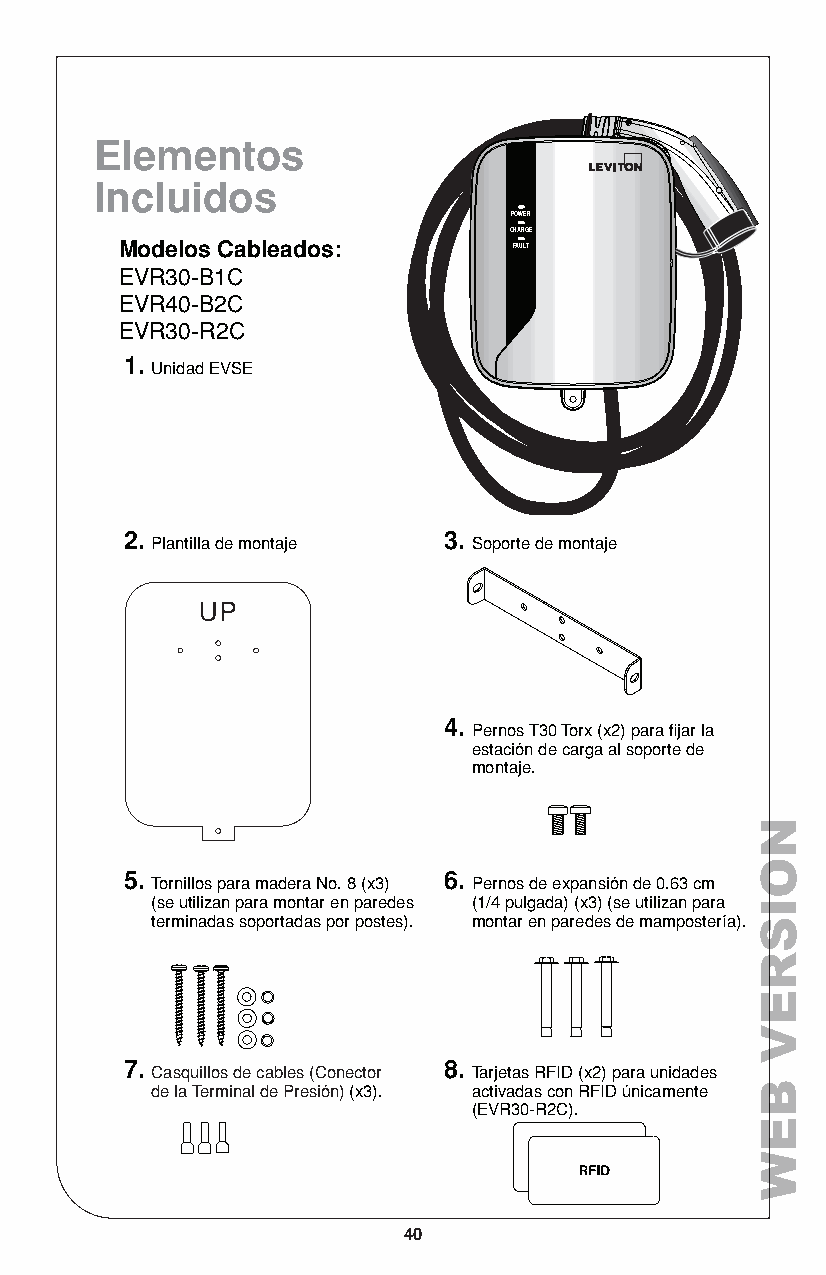
Elementos
 Incluidos
 POWER
 CHARGE
 Modelos Cableados:        FAULT
 EVR30-B1C
 EVR40-B2C
 EVR30-R2C
 1.
 Unidad EVSE
 2.                   3.
 Plantilla de montaje Soporte de montaje
 4.
 Pernos T30 Torx (x2) para fijar la
 estación de carga al soporte de
 montaje.
 5.                   6.
 Tornillos para madera No. 8 (x3) Pernos de expansión de 0.63 cm
 (se utilizan para montar en paredes (1/4 pulgada) (x3) (se utilizan para
 terminadas soportadas por postes). montar en paredes de mampostería).
 7.                   8.
 Casquillos de cables (Conector Tarjetas RFID (x2) para unidades
 de la Terminal de Presión) (x3). activadas con RFID únicamente
 (EVR30-R2C).
 40
 NOISREV
 BEW